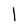
Character: 1